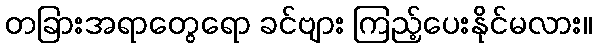
တခြားအရာတွေရော ခင်ဗျား ကြည့်ပေးနိုင်မလား။